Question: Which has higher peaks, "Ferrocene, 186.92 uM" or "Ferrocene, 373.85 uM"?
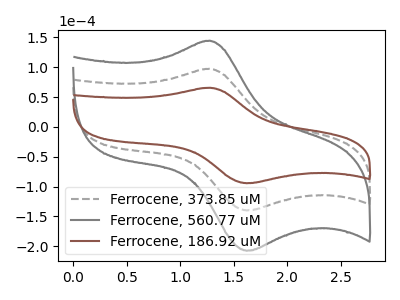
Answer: <think>The gray dashed curve "Ferrocene, 373.85 uM" has an anodic peak at (1.25V, 97.45uA) and a cathodic peak at (1.60V, -139.85uA). The gray curve "Ferrocene, 560.77 uM" has an anodic peak at (1.25V, 194.90uA) and a cathodic peak at (1.60V, -279.75uA). The brown curve "Ferrocene, 186.92 uM" has an anodic peak at (1.25V, 65.70uA) and a cathodic peak at (1.60V, -94.30uA).</think>
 <answer>Every peak in "Ferrocene, 186.92 uM" is lower than every peak in "Ferrocene, 373.85 uM".</answer>
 <eval>lower</eval>